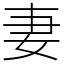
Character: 妻